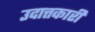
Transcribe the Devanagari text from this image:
उदात्तकारी